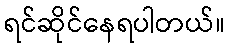
ရင်ဆိုင်နေရပါတယ်။